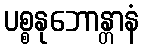
ပစ္စနုဘောန္တာနံ